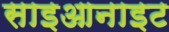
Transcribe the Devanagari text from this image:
साइआनाइट